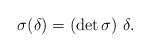
\begin{align*}\sigma(\delta)=(\det \sigma) \ \delta.\end{align*}